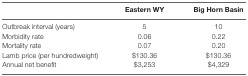
<table><thead><tr><td></td><td><b>Eastern WY</b></td><td><b>Big Horn Basin</b></td></tr></thead><tbody><tr><td>Outbreak interval (years)</td><td>5</td><td>10</td></tr><tr><td>Morbidity rate</td><td>0.06</td><td>0.22</td></tr><tr><td>Mortality rate</td><td>0.07</td><td>0.20</td></tr><tr><td>Lamb price (per hundredweight)</td><td>$130.36</td><td>$130.36</td></tr><tr><td>Annual net benefit</td><td>$3,253</td><td>$4,329</td></tr></tbody></table>